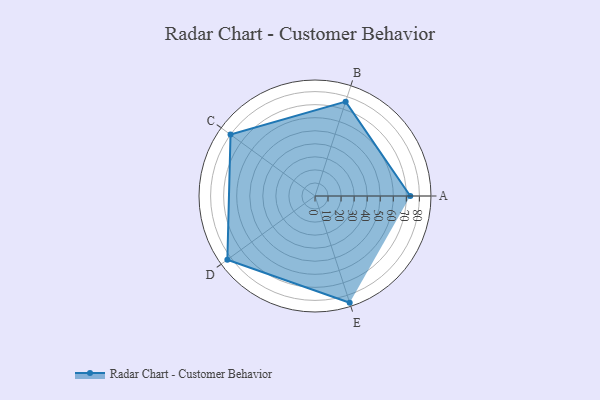
{"axis": {"x": "Skill", "y": "Score"}, "legend": ["Profile"], "data": [{"x": "A", "y": 73.0, "type": "Profile"}, {"x": "B", "y": 76.0, "type": "Profile"}, {"x": "C", "y": 80.0, "type": "Profile"}, {"x": "D", "y": 83.0, "type": "Profile"}, {"x": "E", "y": 86.0, "type": "Profile"}]}